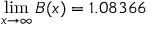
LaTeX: \operatorname* { l i m } _ { x \to \infty } B ( x ) = 1 . 0 8 3 6 6